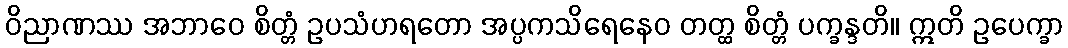
ဝိညာဏဿ အဘာဝေ စိတ္တံ ဥပသံဟရတော အပ္ပကသိရေနေဝ တတ္ထ စိတ္တံ ပက္ခန္ဒတိ။ ဣတိ ဥပေက္ခာ